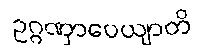
ဥဂ္ဂဏှာပေယျာတိ